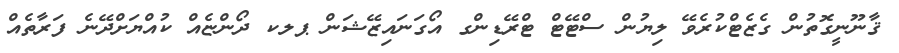
ޤާނޫނީގޮތުން ގެޒެޓްކުރެވޭ ލިޔުން ސްޓޭޓް ޓްރޭޑިންގ އޯގަނައިޒޭޝަން ޕލކ ދޯންޏެއް ކުއްޔަށްދޭނެ ފަރާތެއް